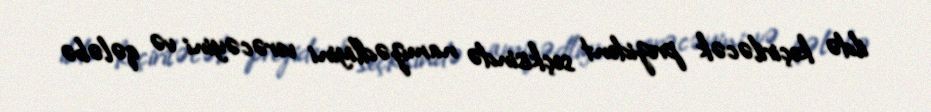
ildə keçiriləcək prezident seçkisində namizədliyini verəcəyini və qələbə